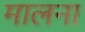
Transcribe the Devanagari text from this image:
मालना